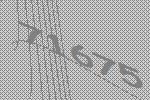
71675